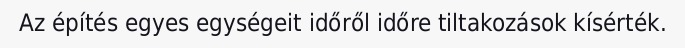
Az építés egyes egységeit időről időre tiltakozások kísérték.